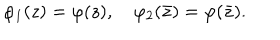
\varphi _ { 1 } ( z ) = \varphi ( z ) , \quad \varphi _ { 2 } ( \bar { z } ) = \varphi ( \bar { z } ) .